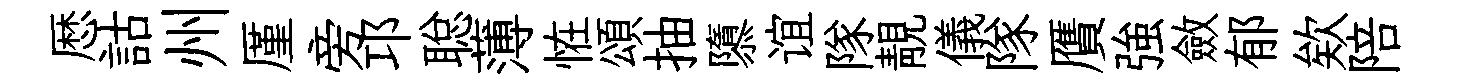
厯詁州厪旁邛聪薄恠頌抽隳谊隊靚儀隊贋強斂郁欸陪